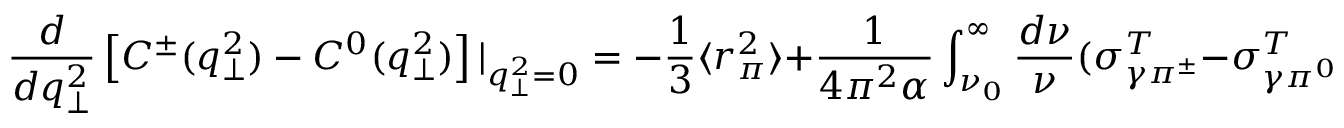
\frac { d } { d q _ { \perp } ^ { 2 } } \left[ C ^ { \pm } ( q _ { \perp } ^ { 2 } ) - C ^ { 0 } ( q _ { \perp } ^ { 2 } ) \right] | _ { q _ { \perp } ^ { 2 } = 0 } = - \frac { 1 } { 3 } \langle r _ { \pi } ^ { 2 } \rangle + \frac { 1 } { 4 \pi ^ { 2 } \alpha } \int _ { \nu _ { 0 } } ^ { \infty } \frac { d \nu } { \nu } ( \sigma _ { \gamma \pi ^ { \pm } } ^ { T } - \sigma _ { \gamma \pi ^ { 0 } } ^ { T } ) ,